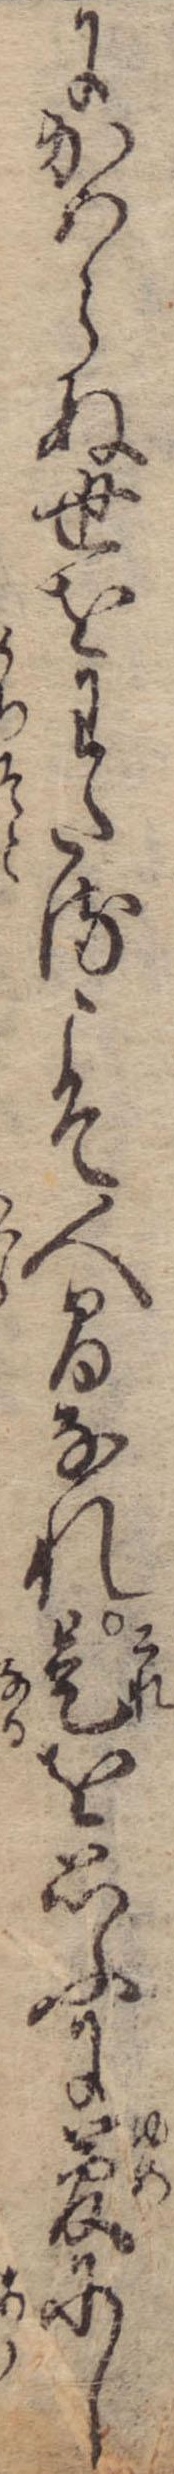
にかはらぬ世をわたるこそ人間なれ是を思ふに夢にし